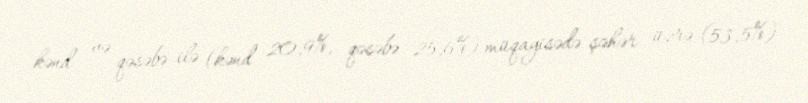
kənd və qəsəbə ilə (kənd 20,9%, qəsəbə 25,6%) müqayisədə şəhər üzrə (53,5%)